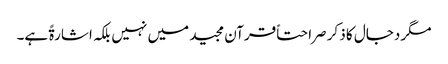
مگر دجال کا ذکر صراحتاً قرآن مجید میں نہیں بلکہ اشارۃً ہے۔